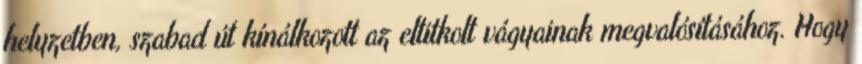
helyzetben, szabad út kínálkozott az eltitkolt vágyainak megvalósításához. Hogy